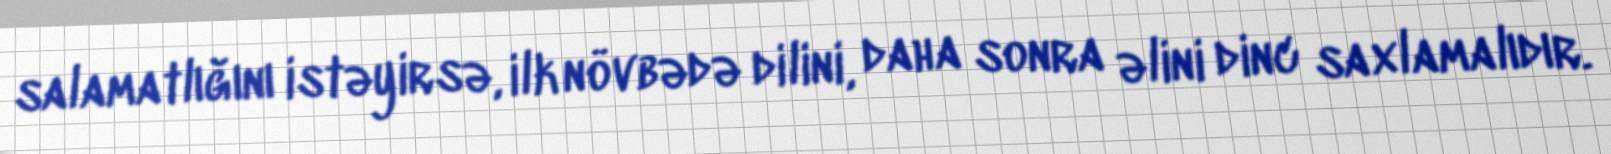
salamatlığını istəyirsə, ilk növbədə dilini, daha sonra əlini dinc saxlamalıdır.